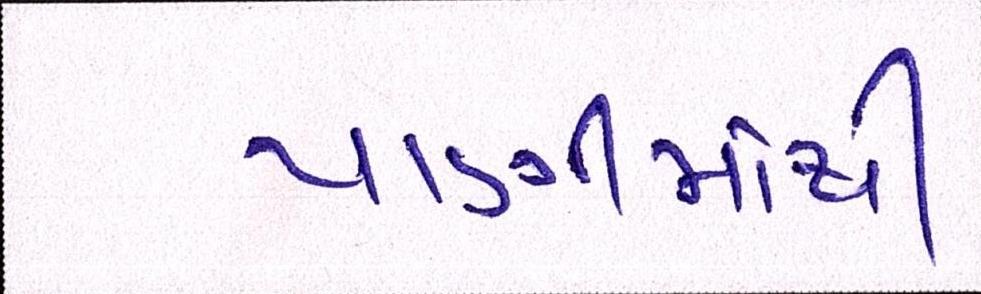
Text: પાણીમાંથી